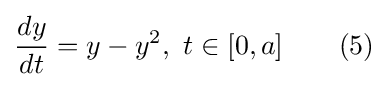
{\frac {dy}{dt}}=y-y^{2},\ t\in [0,a]\quad \quad (5)